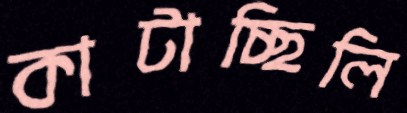
কাটাচ্ছিলি